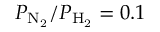
P _ { \mathrm { N _ { 2 } } } / P _ { \mathrm { H _ { 2 } } } = 0 . 1